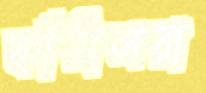
কাঁঠালরা